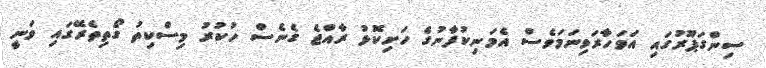
ސިންގަޕޫރުގައި އަވަހާރަވިނަމަވެސް އެމަނިކުފާނުގެ ހަށިކޮޅު ރާއްޖެ ގެނެސް ހުކުރު މިސްކިތު ގޯތިތެރޭގައި ވަނީ